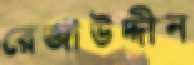
রেজাউদ্দীন